Annual report of the Imperial Bacteriological Laboratory, Muktesar
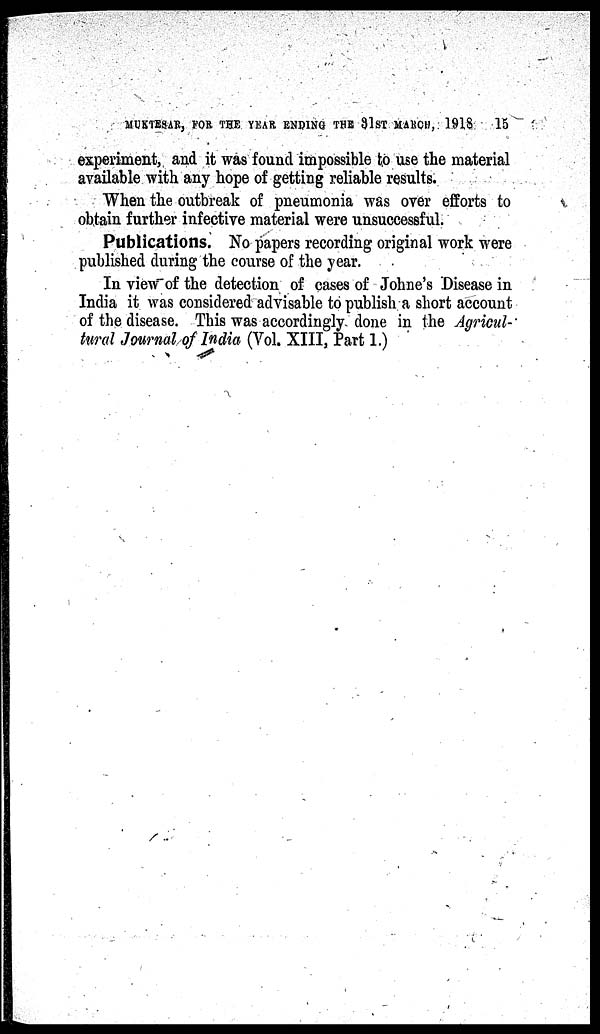
MUKTESAR, FOR THE YEAR ENDING THE 31ST MARCH, 1918 15
experiment, and it was found impossible to use the material
available with any hope of getting reliable results.
When the outbreak of pneumonia was over efforts to
obtain further infective material were unsuccessful.
Publications. No papers recording original work were
published during the course of the year.
In view of the detection of cases of Johne's Disease in
India it was considered advisable to publish a short account
of the disease. This was accordingly done in the Agricul-
tural Journal of India (Vol. XIII, Part 1.)